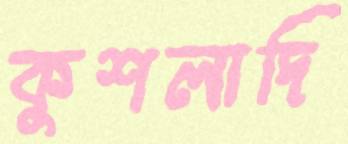
কুশলাদি